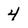
Character: 4